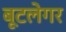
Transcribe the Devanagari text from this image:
बूटलेगर